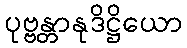
ပုဗ္ဗန္တာနုဒိဋ္ဌိယော